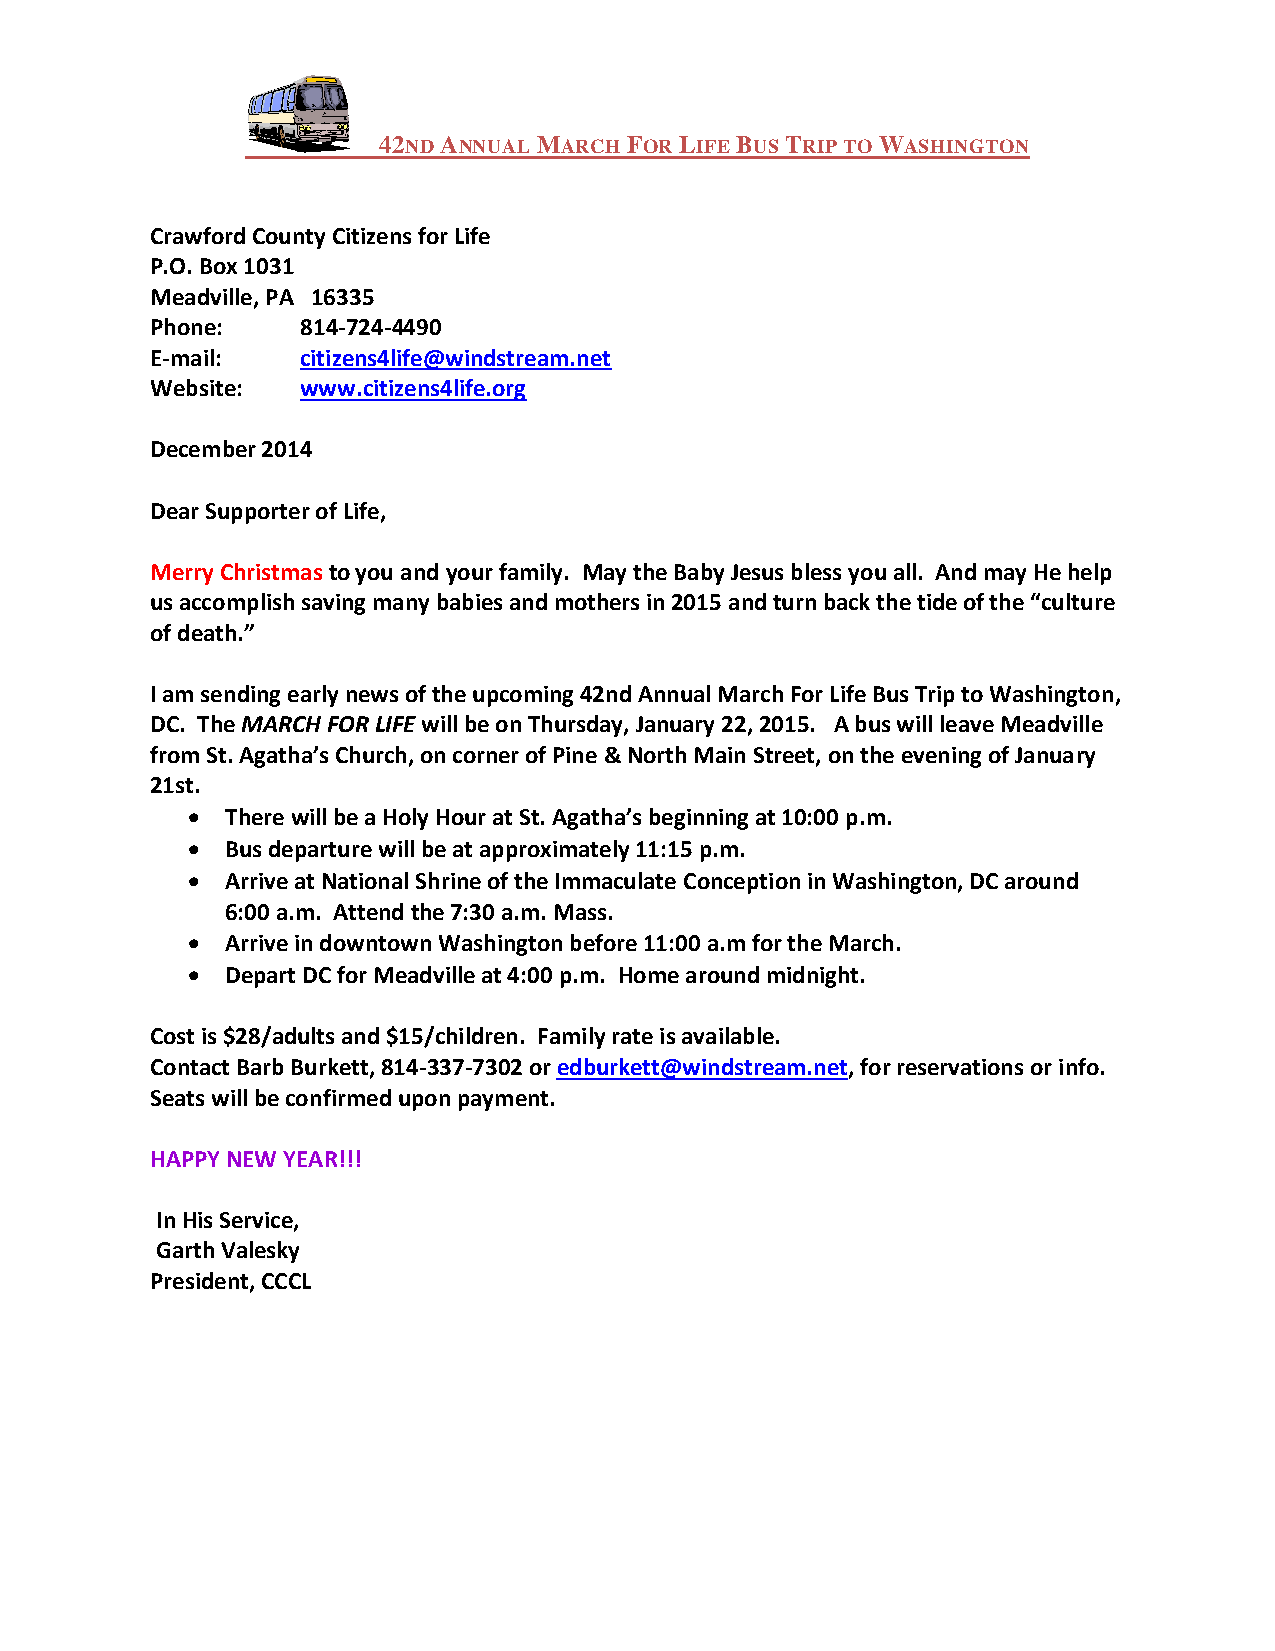
42ND ANNUAL MARCH FOR LIFE BUS TRIP TO WASHINGTON
 Crawford County Citizens for Life
 P.O. Box 1031
 Meadville, PA 16335
 Phone:    814-724-4490
 E-mail:   citizens4life@windstream.net
 Website:  www.citizens4life.org
 December 2014
 Dear Supporter of Life,
 Merry Christmas to you and your family. May the Baby Jesus bless you all. And may He help
 us accomplish saving many babies and mothers in 2015 and turn back the tide of the “culture
 of death.”
 I am sending early news of the upcoming 42nd Annual March For Life Bus Trip to Washington,
 DC. The MARCH FOR LIFE will be on Thursday, January 22, 2015. A bus will leave Meadville
 from St. Agatha’s Church, on corner of Pine & North Main Street, on the evening of January
 21st.
   There will be a Holy Hour at St. Agatha’s beginning at 10:00 p.m.
   Bus departure will be at approximately 11:15 p.m.
   Arrive at National Shrine of the Immaculate Conception in Washington, DC around
 6:00 a.m. Attend the 7:30 a.m. Mass.
   Arrive in downtown Washington before 11:00 a.m for the March.
   Depart DC for Meadville at 4:00 p.m. Home around midnight.
 Cost is $28/adults and $15/children. Family rate is available.
 Contact Barb Burkett, 814-337-7302 or edburkett@windstream.net, for reservations or info.
 Seats will be confirmed upon payment.
 HAPPY NEW YEAR!!!
 In His Service,
 Garth Valesky
 President, CCCL